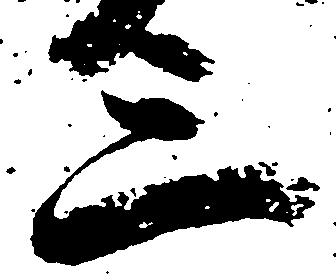
三